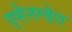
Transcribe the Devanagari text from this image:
एमेनम्हेत